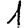
Digit: 1